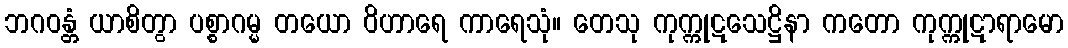
ဘဂဝန္တံ ယာစိတွာ ပစ္စာဂမ္မ တယော ဝိဟာရေ ကာရေသုံ။ တေသု ကုက္ကုဋသေဋ္ဌိနာ ကတော ကုက္ကုဋာရာမော